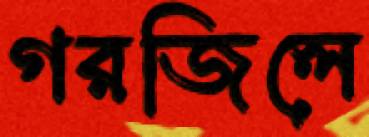
গরজিলে